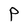
Character: P